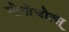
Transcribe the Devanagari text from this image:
मोनोचोत्स्